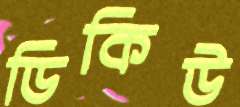
ডিকিউ